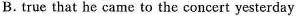
B. true that he came to the concert yesterday